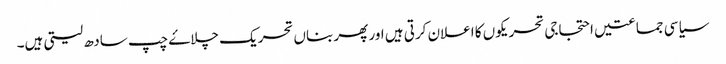
سیاسی جماعتیں احتجاجی تحریکوں کا اعلان کرتی ہیں اور پھر بناں تحریک چلاۓ چپ سادھ لیتی ہیں۔